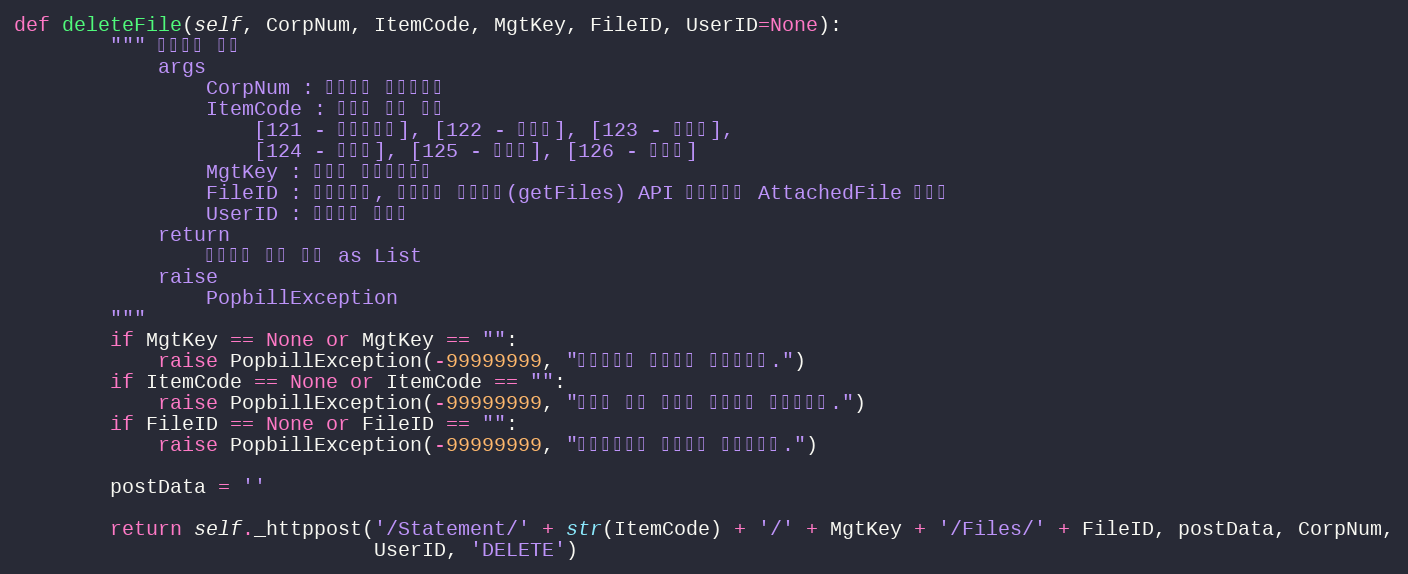
Language: Python
def deleteFile(self, CorpNum, ItemCode, MgtKey, FileID, UserID=None):
        """ 첨부파일 삭제
            args
                CorpNum : 팝빌회원 사업자번호
                ItemCode : 명세서 종류 코드
                    [121 - 거래명세서], [122 - 청구서], [123 - 견적서],
                    [124 - 발주서], [125 - 입금표], [126 - 영수증]
                MgtKey : 파트너 문서관리번호
                FileID : 파일아이디, 첨부파일 목록확인(getFiles) API 응답전문의 AttachedFile 변수값
                UserID : 팝빌회원 아이디
            return
                첨부파일 정보 목록 as List
            raise
                PopbillException
        """
        if MgtKey == None or MgtKey == "":
            raise PopbillException(-99999999, "관리번호가 입력되지 않았습니다.")
        if ItemCode == None or ItemCode == "":
            raise PopbillException(-99999999, "명세서 종류 코드가 입력되지 않았습니다.")
        if FileID == None or FileID == "":
            raise PopbillException(-99999999, "파일아이디가 입력되지 않았습니다.")

        postData = ''

        return self._httppost('/Statement/' + str(ItemCode) + '/' + MgtKey + '/Files/' + FileID, postData, CorpNum,
                              UserID, 'DELETE')